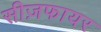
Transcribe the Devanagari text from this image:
सीज़फायर